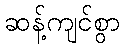
ဆန့်ကျင်စွာ